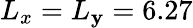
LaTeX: L_{x}=L_{\mathbf{y}}=6.27